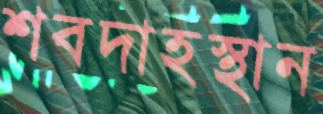
শবদাহস্থান